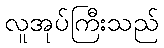
လူအုပ်ကြီးသည်